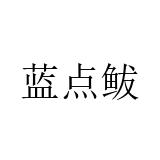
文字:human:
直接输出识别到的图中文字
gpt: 蓝点鲅